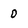
Character: D